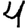
Digit: 4